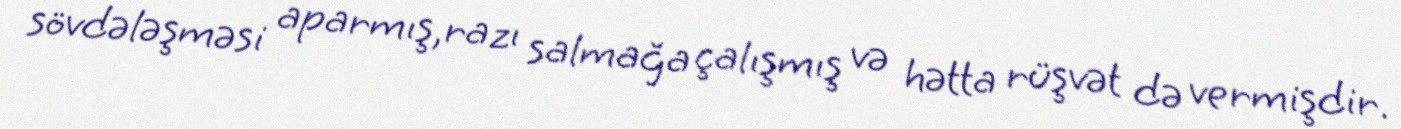
sövdələşməsi aparmış,razı salmağa çalışmış və hətta rüşvət də vermişdir.